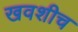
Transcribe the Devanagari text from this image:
खवशीच